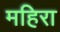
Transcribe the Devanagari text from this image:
महिरा